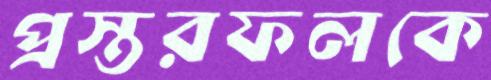
প্রস্তরফলকে